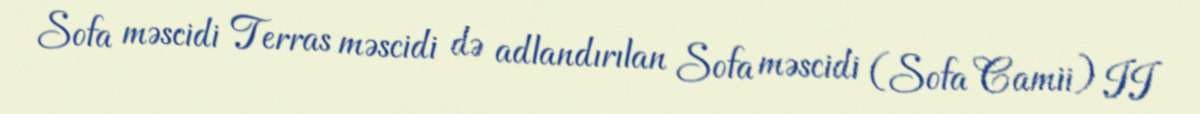
Sofa məscidi Terras məscidi də adlandırılan Sofa məscidi (Sofa Camii) II